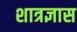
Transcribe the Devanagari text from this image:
शात्रज्ञास